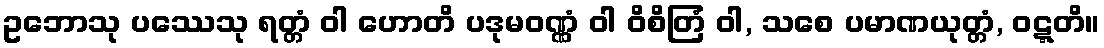
ဥဘောသု ပဿေသု ရတ္တံ ဝါ ဟောတိ ပဒုမဝဏ္ဏံ ဝါ ဝိစိတြံ ဝါ, သစေ ပမာဏယုတ္တံ, ဝဋ္ဋတိ။